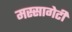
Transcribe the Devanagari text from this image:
मस्सागेटी